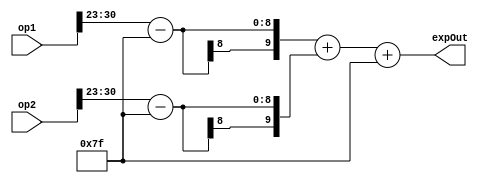
module mult_expAdd(
input wire[31:0] op1,
input wire[31:0] op2,
output wire [9:0] expOut);

wire [9:0] sum;
wire [9:0] exp1;
wire [9:0] exp2;

assign exp1={2'b00,op1[30:23]}-'d127;
assign exp2={2'b00,op2[30:23]}-'d127;
assign sum = exp1 + exp2;
assign expOut[9:0] = (sum + 'd127);

endmodule